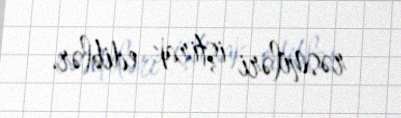
rəsmiləri iştirak ediblər.